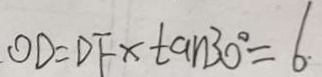
O D = D F \times \tan 3 0 ^ { \circ } = 6 .